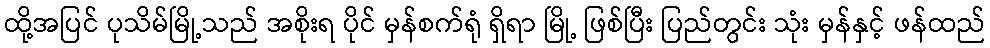
ထို့အပြင် ပုသိမ်မြို့သည် အစိုးရ ပိုင် မှန်စက်ရုံ ရှိရာ မြို့ ဖြစ်ပြီး ပြည်တွင်း သုံး မှန်နှင့် ဖန်ထည်